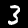
Digit: 3